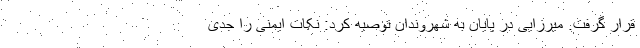
قرار گرفت. میرزایی در پایان به شهروندان توصیه کرد: نکات ایمنی را جدی